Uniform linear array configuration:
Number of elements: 4
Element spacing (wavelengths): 0.5
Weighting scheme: blackman
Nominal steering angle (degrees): -60
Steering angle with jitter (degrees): -59.825
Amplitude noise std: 0.05
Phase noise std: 0.05

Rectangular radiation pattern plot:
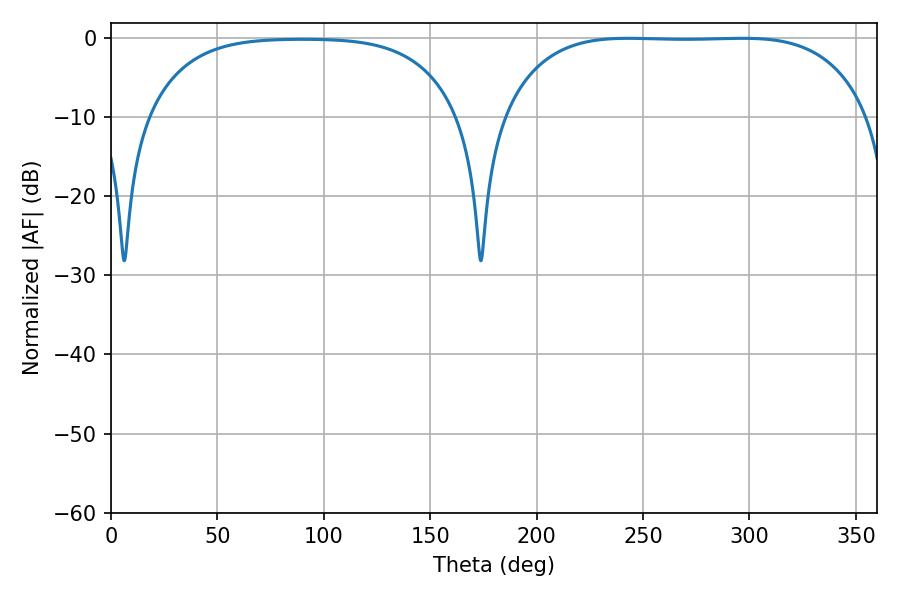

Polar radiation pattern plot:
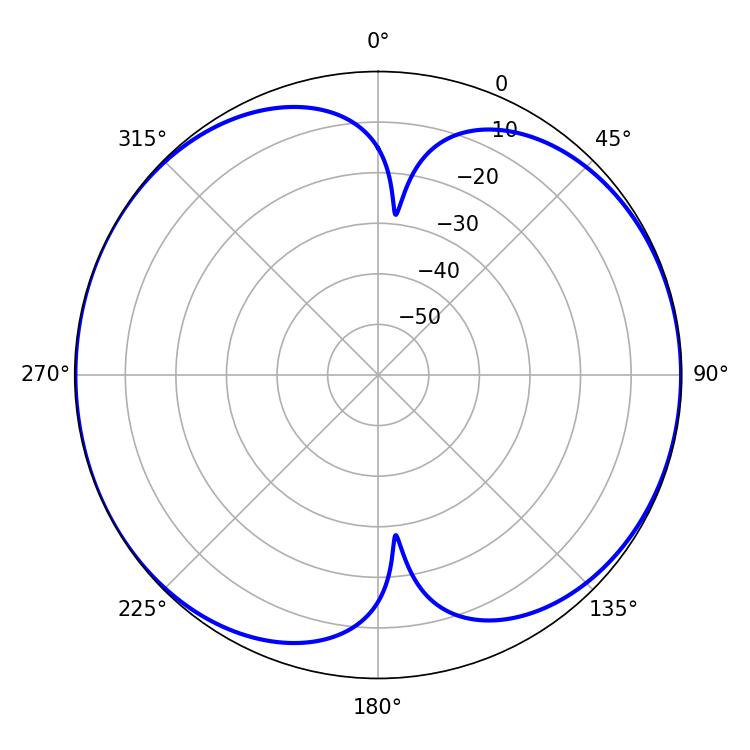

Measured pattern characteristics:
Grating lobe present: FALSE
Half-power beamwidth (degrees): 133.92
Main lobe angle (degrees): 243